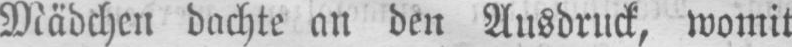
Mädchen dachte an den Ausdruck, womit